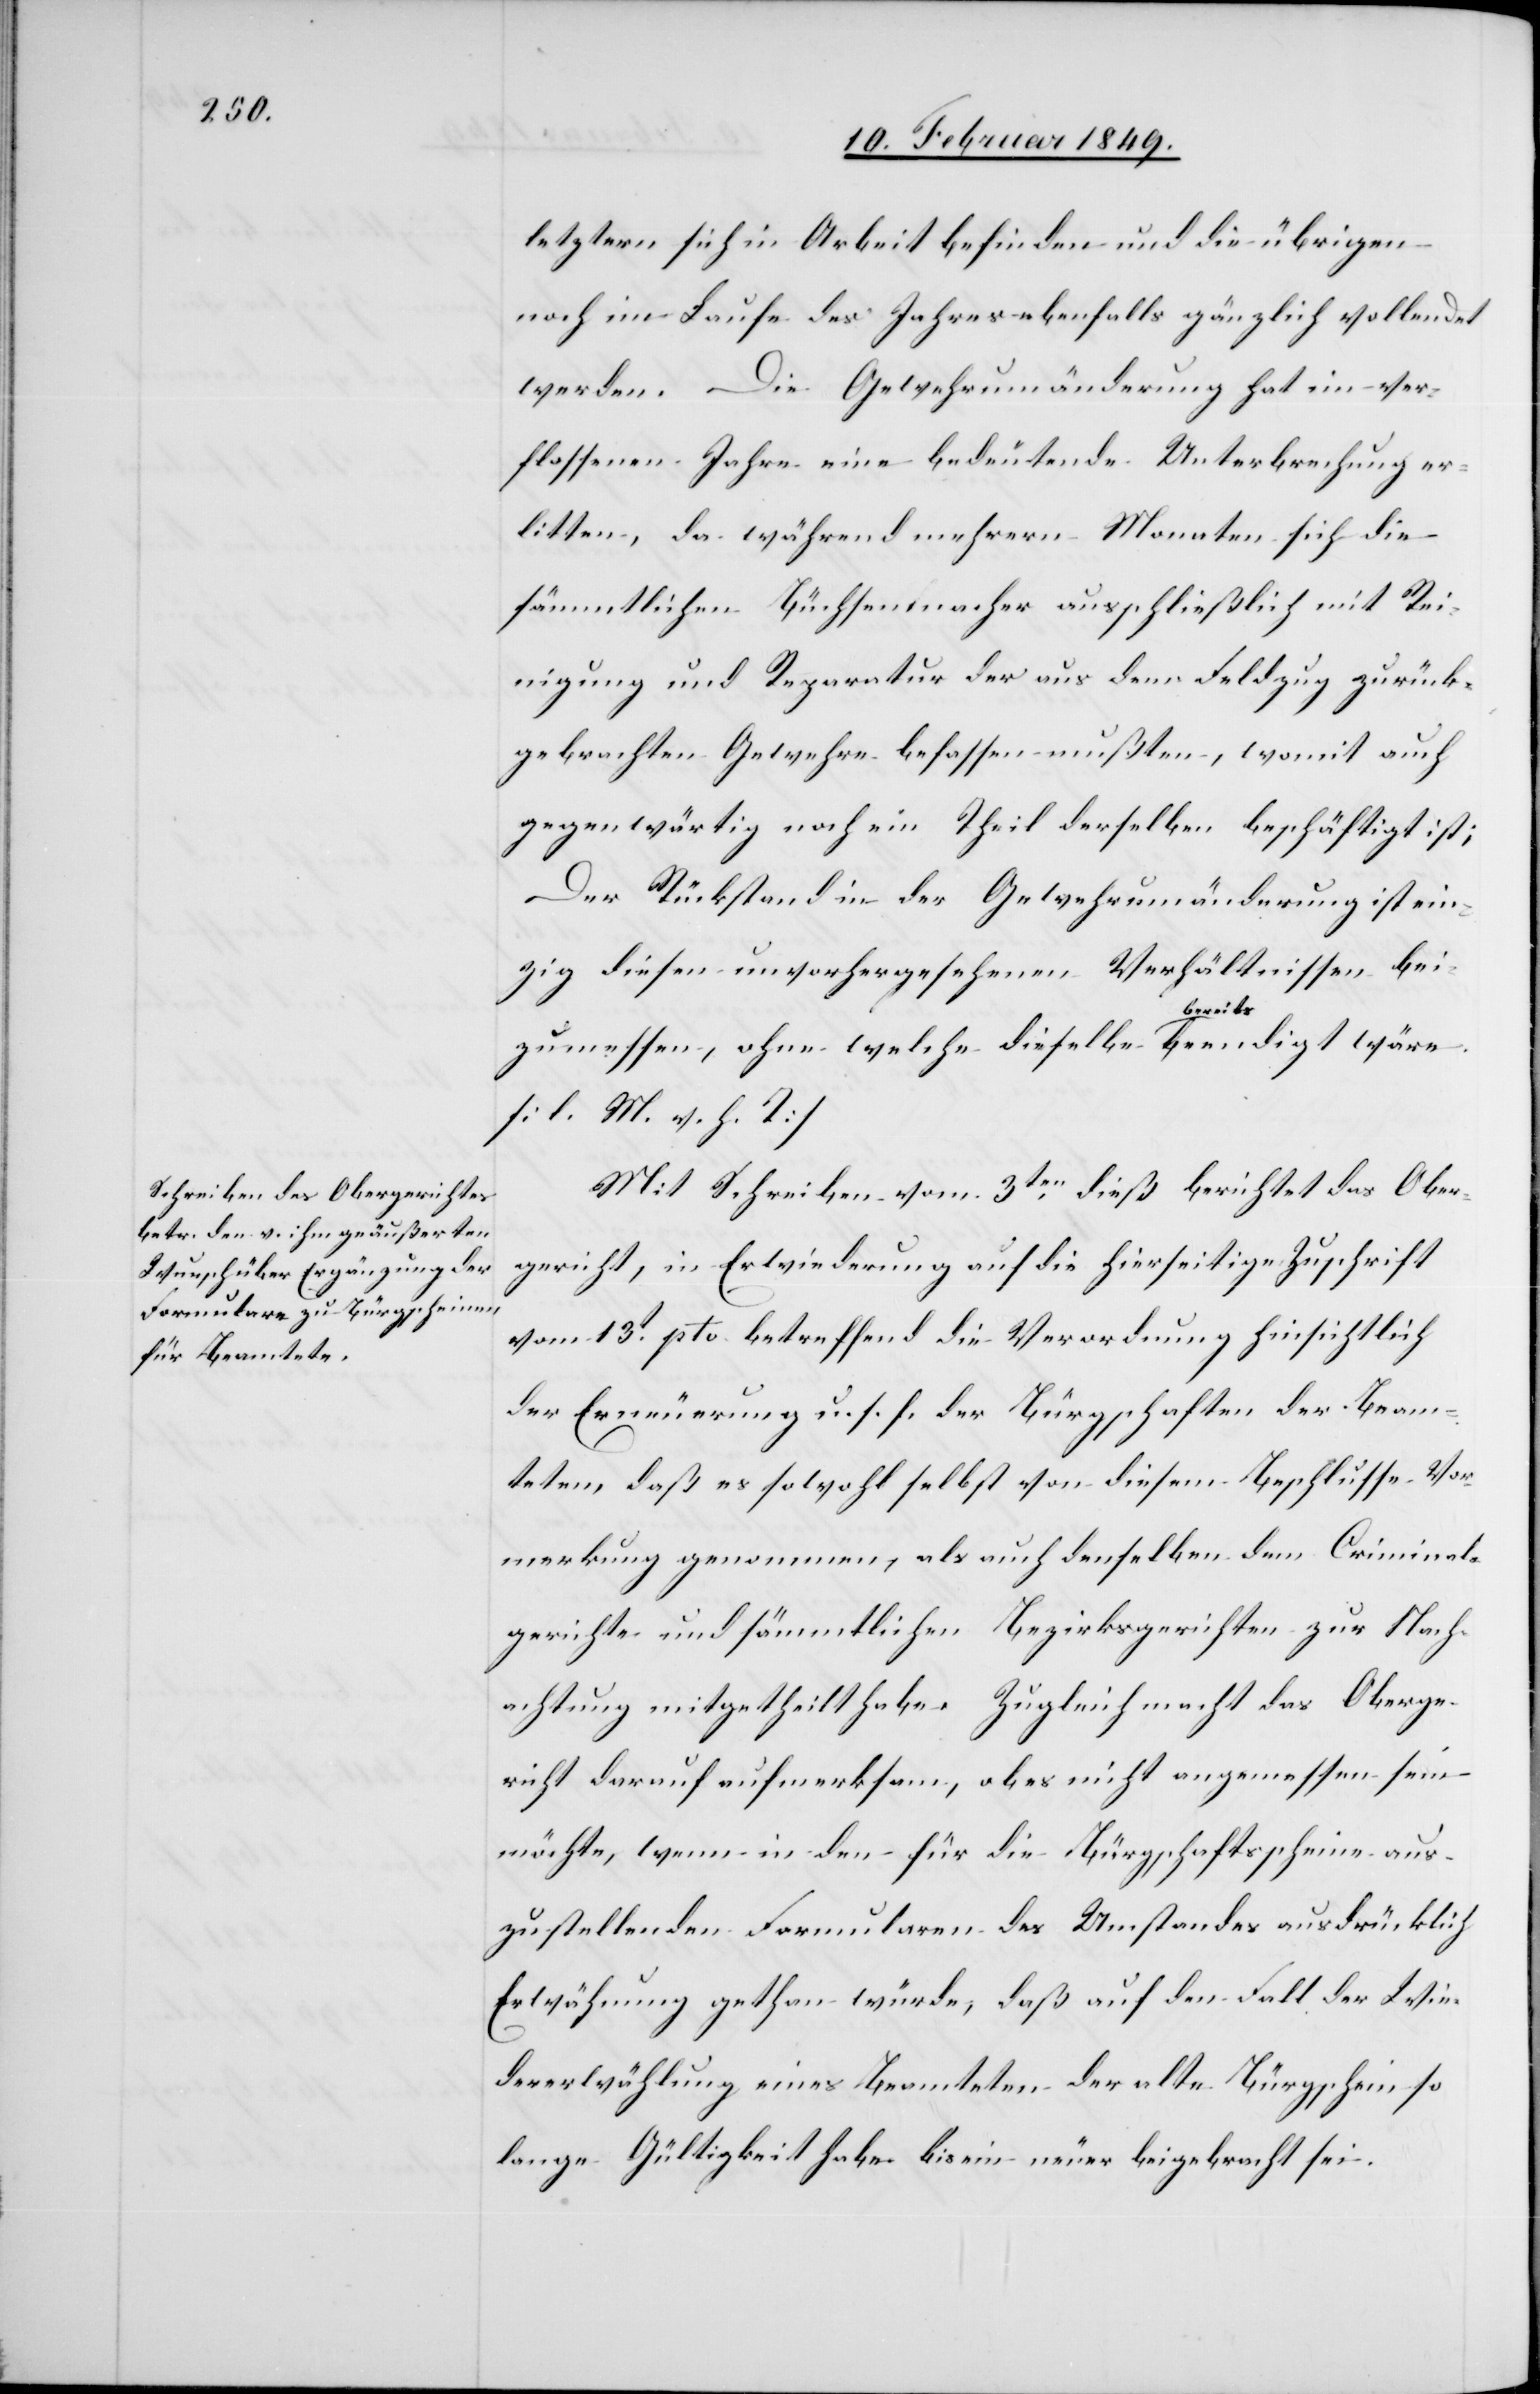
letztern sich in Arbeit befinden und die übrigen
noch im Laufe des Jahres ebenfalls gänzlich vollendet
werden. Die Gewehrumänderung hat im ver¬
flossenen Jahre eine bedeutende Unterbrechung er¬
litten, da während mehrern Monaten sich die
sämmtlichen Büchsenmacher ausschließlich mit Rei¬
nigung und Reparatur der aus dem Feldzug zurück¬
gebrachten Gewehre befassen mußten, womit auch
gegenwärtig noch ein Theil derselben beschäftigt ist;
Der Rückstand in der Gewehrumänderung ist ein¬
zig diesen unvorhergesehenen Verhältnissen bei¬
zumessen, ohne welche dieselbe bereits beendigt wäre.
[l. M. v. h. T]
Mit Schreiben vom 3ten. dieß berichtet das Ober¬
gericht, in Erwiederung auf die hierseitige Zuschrift
vom 13t. pto betreffend die Verordnung hinsichtlich
der Erneuerung u. s. f. der Bürgschaften der Beam¬
teten, daß es sowohl selbst von diesem Beschlusse Vor¬
merkung genommen, als auch denselben dem Criminal¬
gerichte und sämmtlichen Bezirksgerichten zur Nach¬
achtung mitgetheilt habe. Zugleich macht das Oberge¬
richt darauf aufmerksam, ob es nicht angemessen sein
möchte, wenn in den für die Bürgschaftsscheine aus¬
zustellenden Formularen des Umstandes ausdrücklich
Erwähnung gethan würde, daß auf den Fall der Wie¬
dererwählung eines Beamteten der alte Bürgschein so
lange Gültigkeit habe bis ein neuer beigebracht sei.